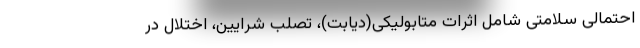
احتمالی سلامتی شامل اثرات متابولیکی(دیابت)، تصلب شرایین، اختلال در